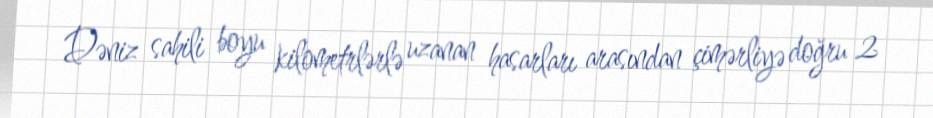
Dəniz sahili boyu kilometrlərlə uzanan hasarları arasından çimərliyə doğru 2